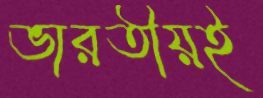
ভারতীয়ই